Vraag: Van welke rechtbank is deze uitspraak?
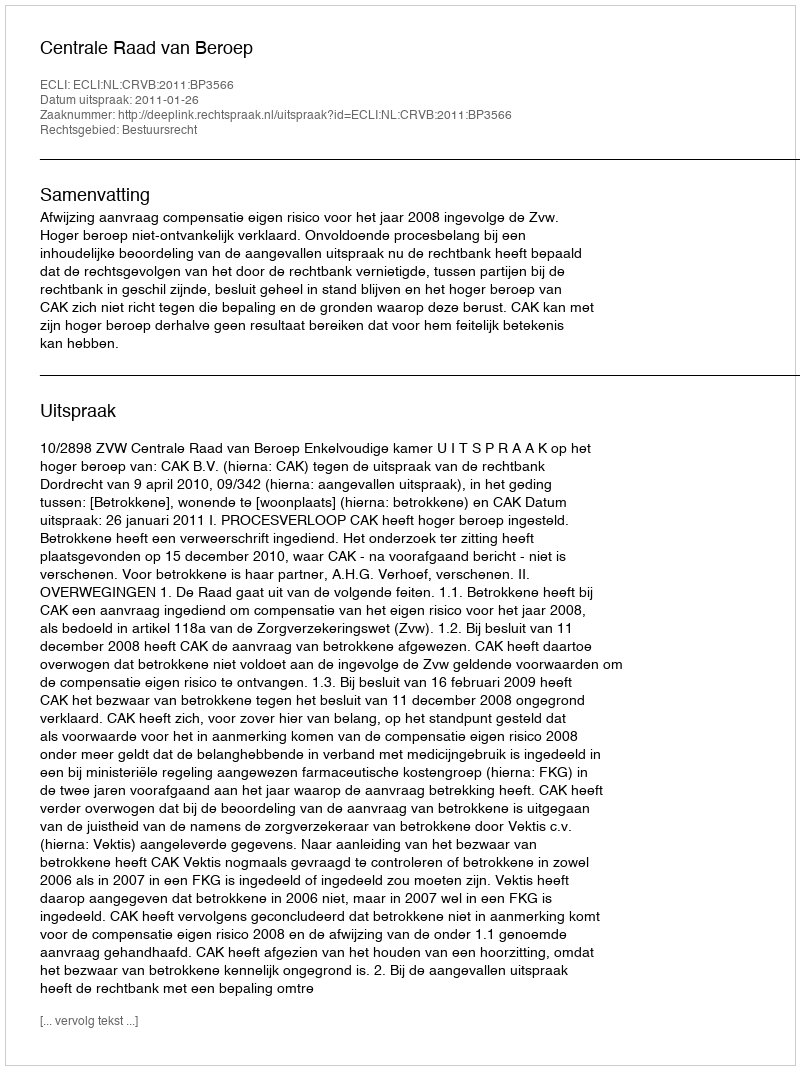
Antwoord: Centrale Raad van Beroep